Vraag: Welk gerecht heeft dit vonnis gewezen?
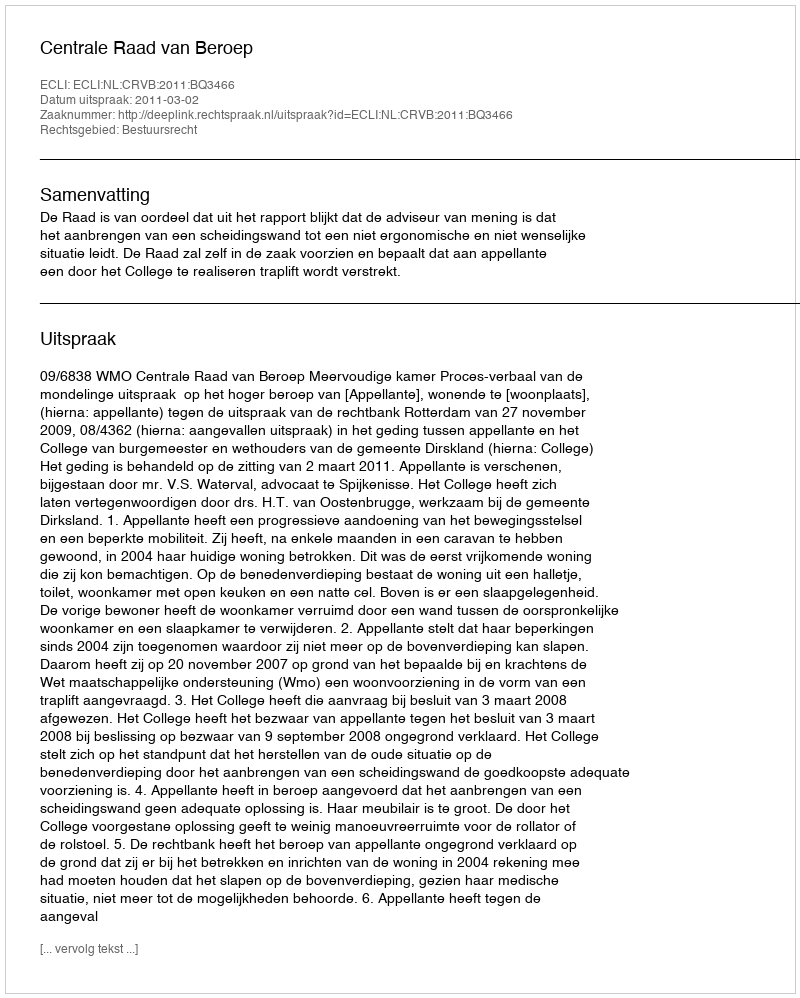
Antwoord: Centrale Raad van Beroep